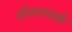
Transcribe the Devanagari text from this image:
सोशलवर्क